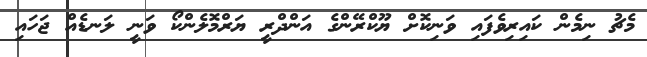
މެޗު ނިމެން ކައިރިވެފައި ވަނިކޮށް ޔޫކްރޭންގެ އަންދްރީ ޔަރްމޮލެންކޯ ވަނީ ލަނޑެއް ޖަހައި